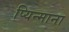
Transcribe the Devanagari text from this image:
प्यिन्माना